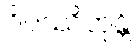
ဝိပဿိတုန္တိ